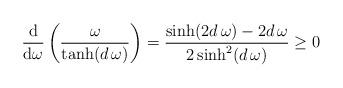
LaTeX: \begin{align*}\frac{\mathrm{d}}{\mathrm{d} \omega} \left( \frac{\omega}{\tanh(d\, \omega)} \right)=\frac{\sinh(2d\, \omega) - 2 d\, \omega}{2 \sinh^{2}(d\, \omega)} \geq 0\end{align*}